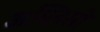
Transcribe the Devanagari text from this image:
अम्लिसो